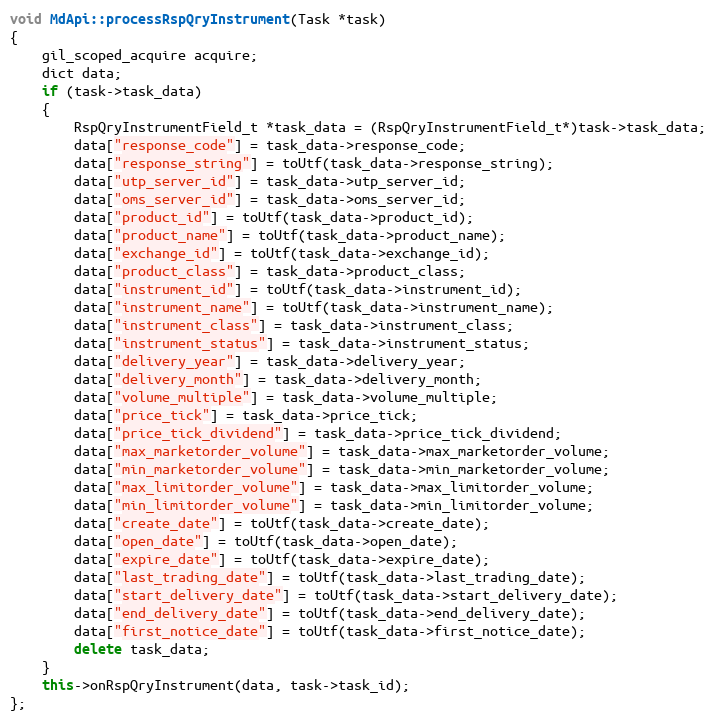
Language: C++
void MdApi::processRspQryInstrument(Task *task)
{
	gil_scoped_acquire acquire;
	dict data;
	if (task->task_data)
	{
		RspQryInstrumentField_t *task_data = (RspQryInstrumentField_t*)task->task_data;
		data["response_code"] = task_data->response_code;
		data["response_string"] = toUtf(task_data->response_string);
		data["utp_server_id"] = task_data->utp_server_id;
		data["oms_server_id"] = task_data->oms_server_id;
		data["product_id"] = toUtf(task_data->product_id);
		data["product_name"] = toUtf(task_data->product_name);
		data["exchange_id"] = toUtf(task_data->exchange_id);
		data["product_class"] = task_data->product_class;
		data["instrument_id"] = toUtf(task_data->instrument_id);
		data["instrument_name"] = toUtf(task_data->instrument_name);
		data["instrument_class"] = task_data->instrument_class;
		data["instrument_status"] = task_data->instrument_status;
		data["delivery_year"] = task_data->delivery_year;
		data["delivery_month"] = task_data->delivery_month;
		data["volume_multiple"] = task_data->volume_multiple;
		data["price_tick"] = task_data->price_tick;
		data["price_tick_dividend"] = task_data->price_tick_dividend;
		data["max_marketorder_volume"] = task_data->max_marketorder_volume;
		data["min_marketorder_volume"] = task_data->min_marketorder_volume;
		data["max_limitorder_volume"] = task_data->max_limitorder_volume;
		data["min_limitorder_volume"] = task_data->min_limitorder_volume;
		data["create_date"] = toUtf(task_data->create_date);
		data["open_date"] = toUtf(task_data->open_date);
		data["expire_date"] = toUtf(task_data->expire_date);
		data["last_trading_date"] = toUtf(task_data->last_trading_date);
		data["start_delivery_date"] = toUtf(task_data->start_delivery_date);
		data["end_delivery_date"] = toUtf(task_data->end_delivery_date);
		data["first_notice_date"] = toUtf(task_data->first_notice_date);
		delete task_data;
	}
	this->onRspQryInstrument(data, task->task_id);
};